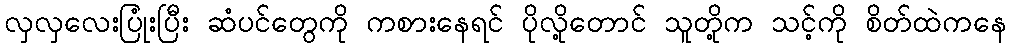
လှလှလေးပြုံးပြီး ဆံပင်တွေကို ကစားနေရင် ပိုလို့တောင် သူတို့က သင့်ကို စိတ်ထဲကနေ